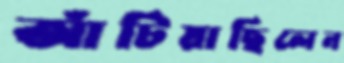
আঁটিয়াছিলেন